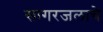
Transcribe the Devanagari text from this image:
सागरजलाचे